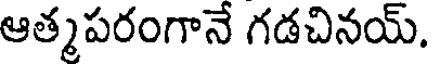
ఆత్మపరంగానే గడచినయ్.